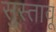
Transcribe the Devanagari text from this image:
सुस्तावू